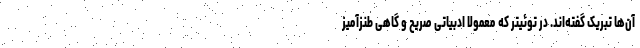
آن‌ها تبریک گفته‌اند. در توئیتر که معمولاً ادبیاتی صریح و گاهی طنزآمیز